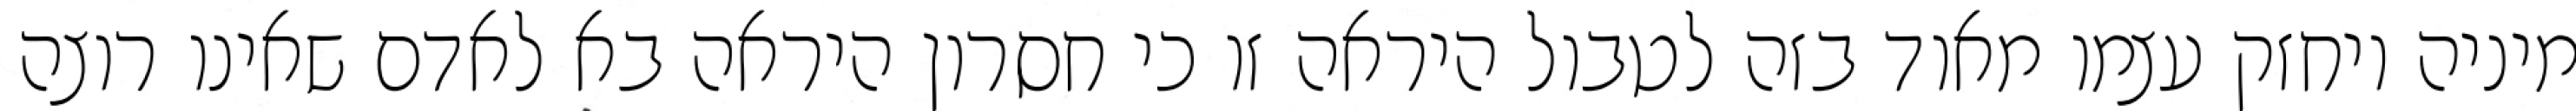
מיניה ויחזק עצמו מאוד בזה לטבול היראה זו כי חסרון היראה בא לאדם שאינו רוצה